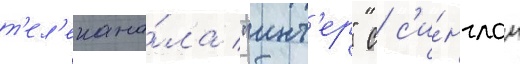
т'ел'екана́ла "инт'ер" с с'и́нглом